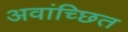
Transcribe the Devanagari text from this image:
अवांच्छित